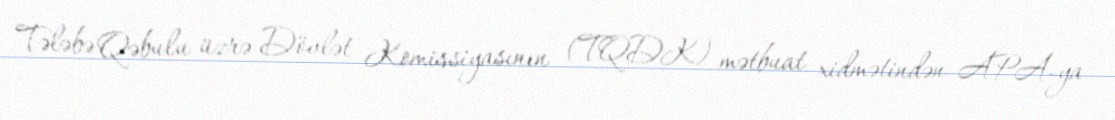
Tələbə Qəbulu üzrə Dövlət Komissiyasının (TQDK) mətbuat xidmətindən APA-ya